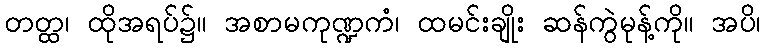
တတ္ထ၊ ထိုအရပ်၌။ အစာမကုဏ္ဍကံ၊ ထမင်းချိုး ဆန်ကွဲမုန့်ကို။ အပိ၊